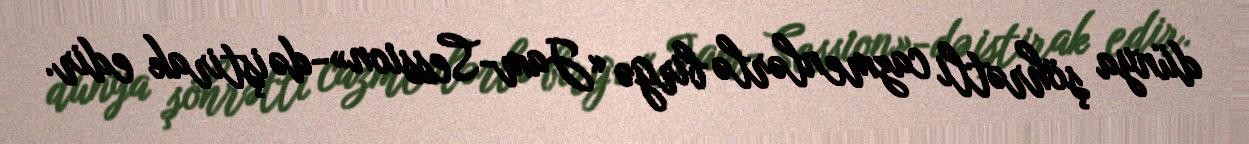
dünya şöhrətli cazmenlərlə birgə «Jam-Session»-də iştirak edir.